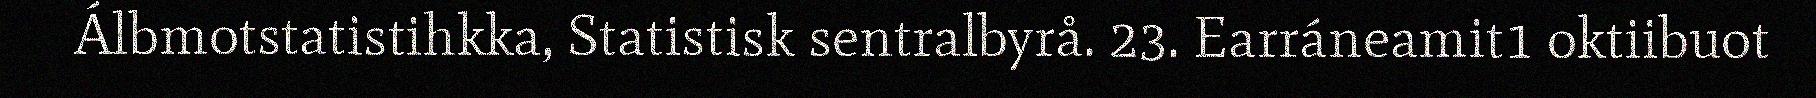
Álbmotstatistihkka, Statistisk sentralbyrå. 23. Earráneamit1 oktiibuot